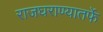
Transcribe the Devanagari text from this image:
राजघराण्यातर्फे